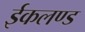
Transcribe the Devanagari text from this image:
ईकलण्ड